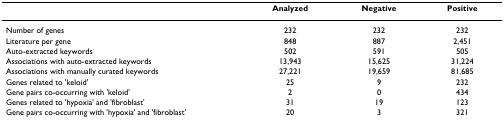
<table><thead><tr><td></td><td><b>Analyzed</b></td><td><b>Negative</b></td><td><b>Positive</b></td></tr></thead><tbody><tr><td>Number of genes</td><td>232</td><td>232</td><td>232</td></tr><tr><td>Literature per gene</td><td>848</td><td>887</td><td>2,451</td></tr><tr><td>Auto-extracted keywords</td><td>502</td><td>591</td><td>505</td></tr><tr><td>Associations with auto-extracted keywords</td><td>13,943</td><td>15,625</td><td>31,224</td></tr><tr><td>Associations with manually curated keywords</td><td>27,221</td><td>19,659</td><td>81,685</td></tr><tr><td>Genes related to &#x27;keloid&#x27;</td><td>25</td><td>9</td><td>232</td></tr><tr><td>Gene pairs co-occurring with &#x27;keloid&#x27;</td><td>2</td><td>0</td><td>434</td></tr><tr><td>Genes related to &#x27;hypoxia&#x27; and &#x27;fibroblast&#x27;</td><td>31</td><td>19</td><td>123</td></tr><tr><td>Gene pairs co-occurring with &#x27;hypoxia&#x27; and &#x27;fibroblast&#x27;</td><td>20</td><td>3</td><td>321</td></tr></tbody></table>